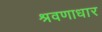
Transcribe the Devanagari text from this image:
श्रवणाधार